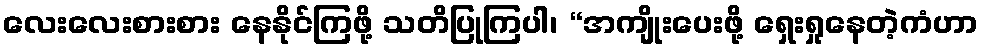
လေးလေးစားစား နေနိုင်ကြဖို့ သတိပြုကြပါ၊ “အကျိုးပေးဖို့ ရှေးရှုနေတဲ့ကံဟာ